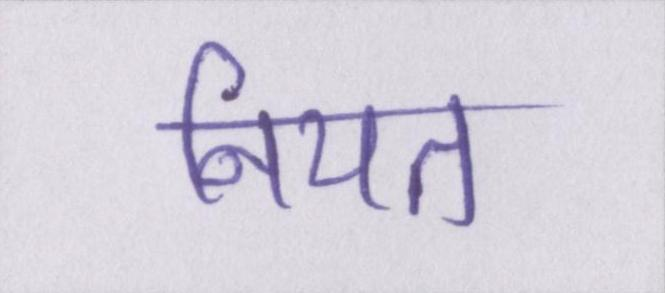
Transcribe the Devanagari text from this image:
नियत